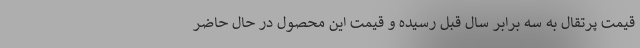
قیمت پرتقال به سه برابر سال قبل رسیده و قیمت این محصول در حال حاضر